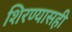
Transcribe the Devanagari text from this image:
शिरण्यासही